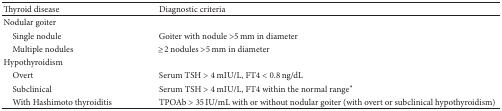
| Thyroid disease | Diagnostic criteria |
 | --- | --- |
 | Nodular goiter |  |
 | Single nodule | Goiter with nodule >5 mm in diameter |
 | Multiple nodules | ≥2 nodules >5 mm in diameter |
 | Hypothyroidism |  |
 | Overt | Serum TSH > 4 mIU/L, FT4 < 0.8 ng/dL |
 | Subclinical | Serum TSH > 4 mIU/L, FT4 within the normal range* |
 | With Hashimoto thyroiditis | TPOAb > 35 IU/mL with or without nodular goiter (with overt or subclinical hypothyroidism) |